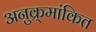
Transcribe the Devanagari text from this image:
अनुक्र्मांकित